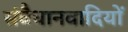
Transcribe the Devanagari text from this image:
संवैधानवादियों